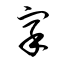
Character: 寀